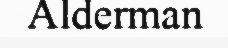
Alderman